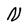
Character: N